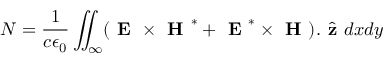
N = \frac { 1 } { c \epsilon _ { 0 } } \iint _ { \infty } ( \textbf { E } \times \textbf { H } ^ { * } + \textbf { E } ^ { * } \times \textbf { H } ) . \hat { \textbf { z } } d x d y